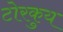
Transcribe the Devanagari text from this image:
टोरकुय